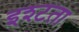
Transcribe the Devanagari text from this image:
इश्टता